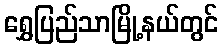
ရွှေပြည်သာမြို့နယ်တွင်